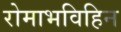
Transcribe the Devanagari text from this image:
रोमाभविहिन